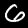
Label: 6